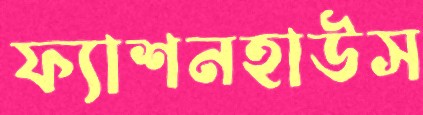
ফ্যাশনহাউস